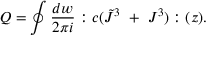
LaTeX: Q = \oint { \frac { d w } { 2 \pi i } } : c ( \tilde { J } ^ { 3 } ~ + ~ J ^ { 3 } ) : ( z ) .